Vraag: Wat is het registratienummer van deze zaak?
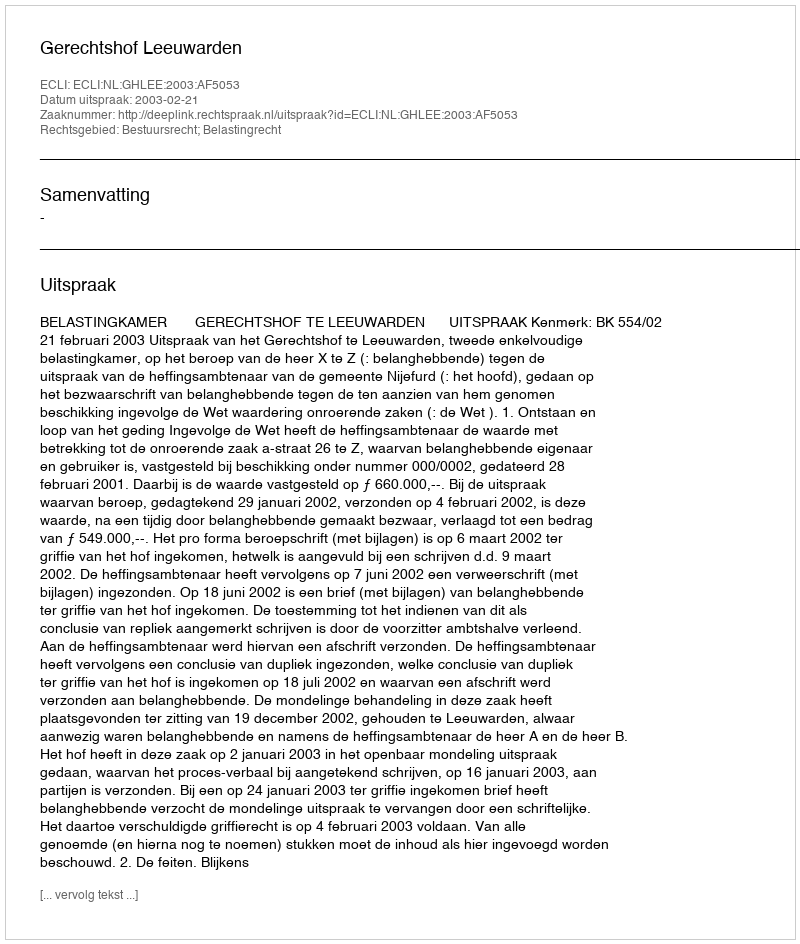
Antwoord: http://deeplink.rechtspraak.nl/uitspraak?id=ECLI:NL:GHLEE:2003:AF5053